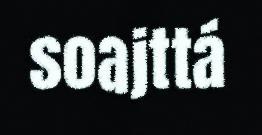
soajttá